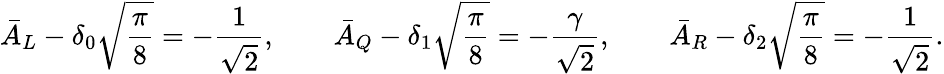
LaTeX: \bar{A}_{{L}}-\delta_{0}\sqrt{\frac{\pi}{8}}=-\frac{1}{\sqrt{2}},\qquad\bar{A}_{{Q}}-\delta_{1}\sqrt{\frac{\pi}{8}}=-\frac{\gamma}{\sqrt{2}},\qquad\bar{A}_{{R}}-\delta_{2}\sqrt{\frac{\pi}{8}}=-\frac{1}{\sqrt{2}}.